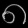
Digit: ၈